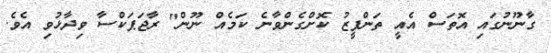
ގާނޫނުގައި އޮތަސް އެއީ ތަންފީޒު ކޮށްގެންވާނެ ކަމެއް ނޫން" ރާޖަޕަކްސާ ވިދާޅުވި އެވެ.